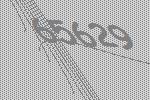
65629